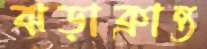
ঝড়াক্রান্ত